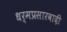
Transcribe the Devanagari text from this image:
धर्मप्रसारवादी